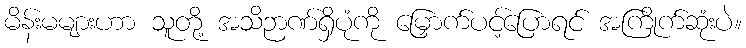
မိန်းမများဟာ သူတို့ အသိဉာဏ်ရှိပုံကို မြှောက်ပင့်ပြောရင် အကြိုက်ဆုံးပဲ။